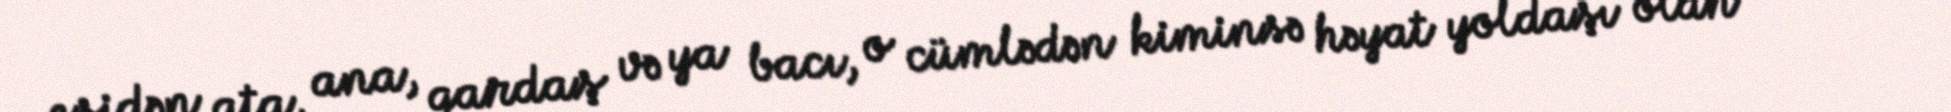
eşidən ata, ana, qardaş və ya bacı, o cümlədən kiminsə həyat yoldaşı olan xanım